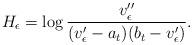
LaTeX: \begin{align*}H_\epsilon = \log \frac {v_\epsilon''}{(v'_\epsilon-a_t)(b_t - v'_\epsilon)}.\end{align*}